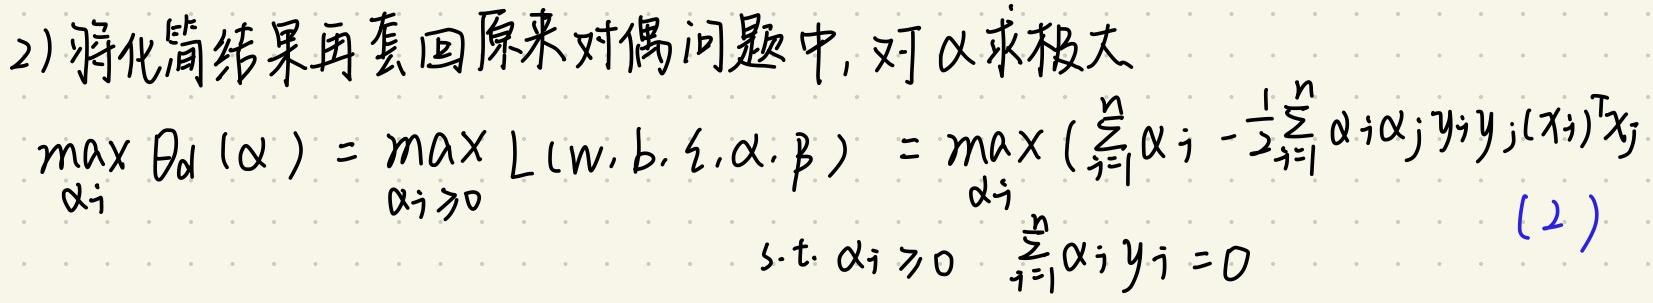
2) 将化简结果再套回原来对偶问题中, 对 $\alpha$ 求极大
\[
\begin{align*}
\max_{\alpha_i} \theta_d(\alpha) &= \max_{\alpha_i \geq 0} L(w, b, \xi, \alpha, \beta) = \max_{\alpha_i} \left(\sum_{i = 1}^{n} \alpha_i - \frac{1}{2} \sum_{i = 1}^{n} \alpha_i \alpha_j y_i y_j (x_i)^T x_j\right) \\
&\text{s.t. } \alpha_i \geq 0 \quad \sum_{i = 1}^{n} \alpha_i y_i = 0
\end{align*}
\]